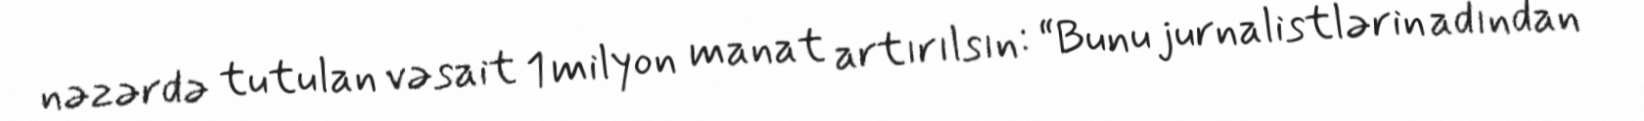
nəzərdə tutulan vəsait 1 milyon manat artırılsın: “Bunu jurnalistlərin adından